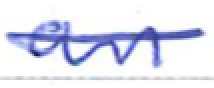
Text: an
Cross-out: single-line
Writing tool: ballpoint